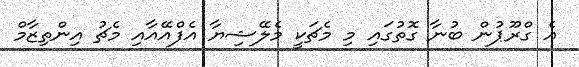
އެ ގްރޫޕުން ބުނާ ގޮތުގައި މި މެޗަކީ މެލޭޝިޔާ އެފްއޭއާއި މެޗު އިންތިޒާމް